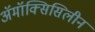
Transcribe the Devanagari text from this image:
अॅमॉक्सिसिलीन